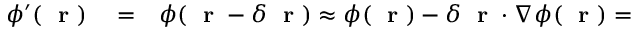
\begin{array} { r l r } { \phi ^ { \prime } ( \mathrm { ~ \bf ~ r ~ } ) } & { { } = } & { \phi ( \mathrm { ~ \bf ~ r ~ } - \delta \mathrm { ~ \bf ~ r ~ } ) \approx \phi ( \mathrm { ~ \bf ~ r ~ } ) - \delta \mathrm { ~ \bf ~ r ~ } \cdot \nabla \phi ( \mathrm { ~ \bf ~ r ~ } ) = } \end{array}